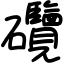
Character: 𥗽